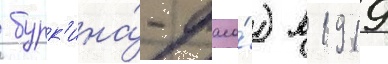
 бурк'ина́-фасо́) в 1919